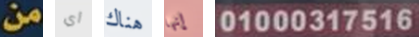
من أي هناك إنها 01000317516